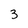
Character: 3